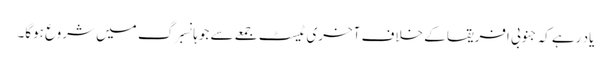
یاد رہے کہ جنوبی افریقا کے خلاف آخری ٹیسٹ جمعے سے جوہانسبرگ میں شروع ہوگا۔